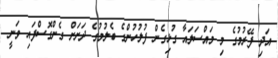
އަދި ފޭރުމުގެ މި މައްސަލައާ ގުޅިގެން ފުލުހުންގެ ބެލުމުގެ ދަށަށް ގެންގޮސްފައި ވަނީ